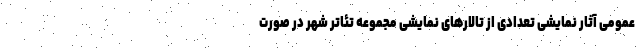
عمومی آثار نمایشی تعدادی از تالارهای نمایشی مجموعه تئاتر شهر در صورت